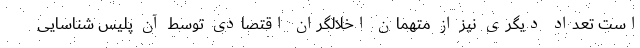
است تعداد دیگری نیز از متهمان اخلالگران اقتصادی توسط آن پلیس شناسایی